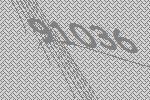
91036